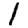
Digit: 1